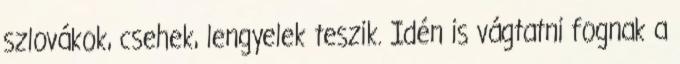
szlovákok, csehek, lengyelek teszik. Idén is vágtatni fognak a